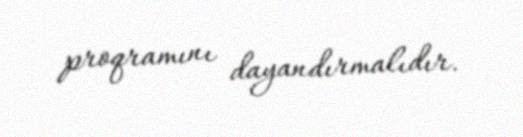
proqramını dayandırmalıdır.